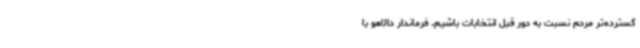
گسترده‌تر مردم نسبت به دور قبل انتخابات باشیم. فرماندار دالاهو با